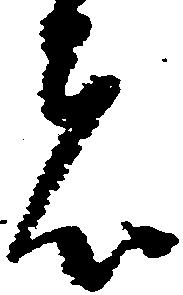
者